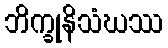
ဘိက္ခုနိသံဃဿ